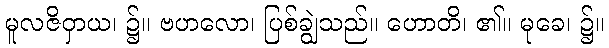
မူလဇိဝှာယ၊ ၌။ ဗဟလော၊ ပြစ်ချွဲသည်။ ဟောတိ၊ ၏။ မုခေ၊ ၌။